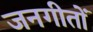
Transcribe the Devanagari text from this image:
जनगीतों